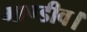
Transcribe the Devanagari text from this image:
गाण्डीव।